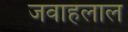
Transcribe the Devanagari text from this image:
जवाहलाल